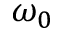
\omega _ { 0 }